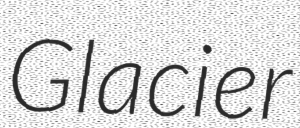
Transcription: Glacier